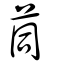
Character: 茼